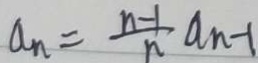
a _ { n } = \frac { n - 1 } { n } a _ { n - 1 }